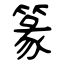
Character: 篆